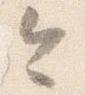
令